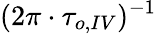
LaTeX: (2\pi\cdot\tau_{o,IV})^{-1}